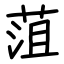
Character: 菹